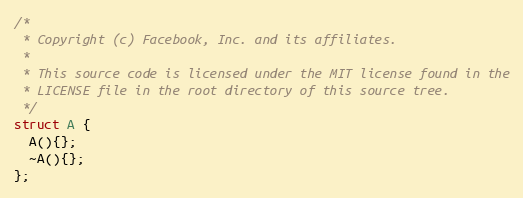
Language: C++
/*
 * Copyright (c) Facebook, Inc. and its affiliates.
 *
 * This source code is licensed under the MIT license found in the
 * LICENSE file in the root directory of this source tree.
 */
struct A {
  A(){};
  ~A(){};
};